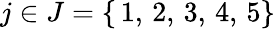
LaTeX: j\in J=\{ \, 1,\, 2,\, 3,\, 4,\, 5\}